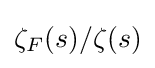
\zeta _{F}(s)/\zeta (s)